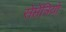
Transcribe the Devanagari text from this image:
सेप्तेंत्रियो